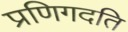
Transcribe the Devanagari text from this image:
प्रणिगदति